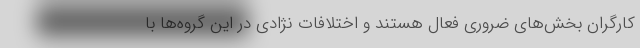
کارگران بخش‌های ضروری فعال هستند و اختلافات نژادی در این گروه‌ها با